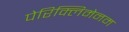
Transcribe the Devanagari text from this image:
पेरिक्लिमेनम